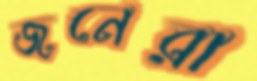
জনেরা